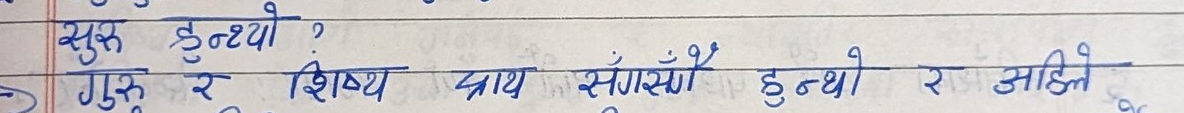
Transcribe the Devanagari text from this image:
सुस्त हुन्थ्यो ?
गुरु र शिष्य साथ सँगै हुन्थ्यो र अहि